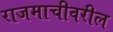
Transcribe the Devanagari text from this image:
राजमाचीवरील